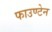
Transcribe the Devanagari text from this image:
फाउण्टेन